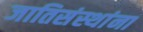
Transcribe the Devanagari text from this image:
जातिसंस्थांना